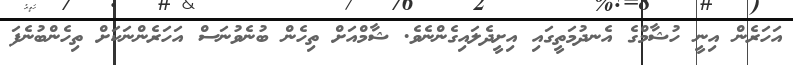
އަހަރެން އިނީ ހުޝާމްގެ އެނދުމަތީގައި އިށީދެލައިގެންނެވެ. ޝާމްއަށް ތިހެން ބުނެވުނަސް އަހަރެންނަކަށް ތިހެންބުނެފަ